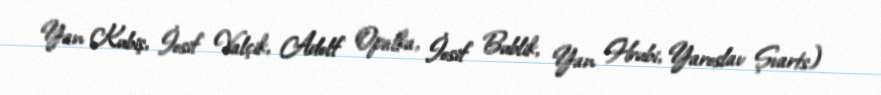
Yan Kubiş, İosif Valçik, Adolf Opalka, İosif Bublik, Yan Hrubi, Yaroslav Şvarts)